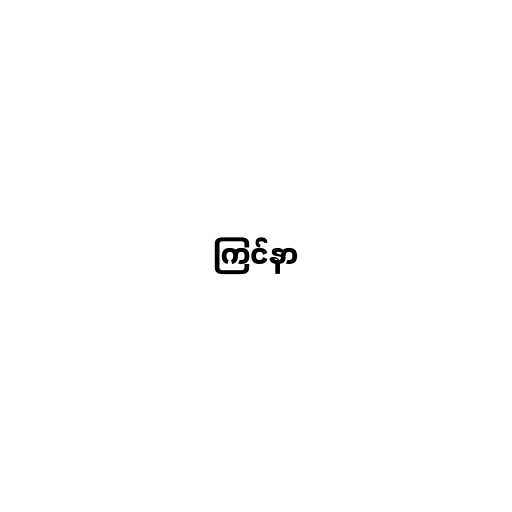
ကြင်နာ